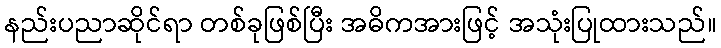
နည်းပညာဆိုင်ရာ တစ်ခုဖြစ်ပြီး အဓိကအားဖြင့် အသုံးပြုထားသည်။